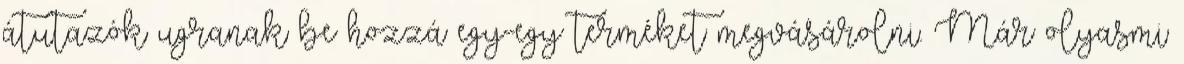
átutazók ugranak be hozzá egy-egy terméket megvásárolni. Már olyasmi